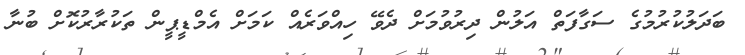
ބަދަލުކުރުމުގެ ސަގާފަތް އަލުން ދިރުވުމަށް ދެވޭ ހިއްވަރެއް ކަމަށް އެމްޑީޕީން ތަކުރާރުކޮށް ބުނާ